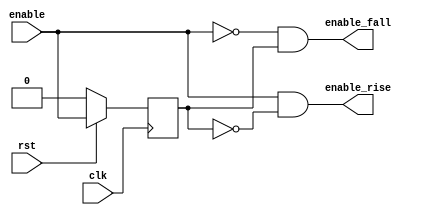
`timescale 1ns / 1ps
//////////////////////////////////////////////////////////////////////////////////
// Company: 
// Engineer: 
// 
// Design Name: 
// Module Name: edge_detection
// Project Name: 
// Target Devices: 
// Tool Versions: 
// Description: 
// 
// Dependencies: 
// 
// Revision:
// Revision 0.01 - File Created
// Additional Comments:
// 
//////////////////////////////////////////////////////////////////////////////////


module edge_detection(
    clk,
    rst,
    enable,
    enable_rise,
    enable_fall
    );
    input clk;
    input rst;
    input enable;
    output enable_rise;
    output enable_fall;
    
    wire clk;
    wire rst;
    wire enable;
    wire enable_rise;
    wire enable_fall;
    
    reg enable_late;
    
    //flipflop of enable_late
    always @(posedge clk) begin
        if(rst == 1'b0) begin
            enable_late <=1'b0;
        end
        else begin
            enable_late <= enable;
        end
    end
    
    assign enable_rise = enable & ~enable_late;
    assign enable_fall = ~enable & enable_late;
    
    
    
    
endmodule